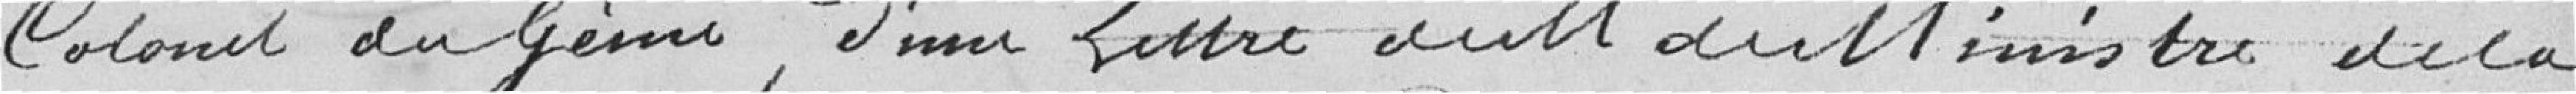
Colonel du Génie, d'une lettre au M. du Ministre de la